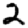
Digit: 2